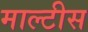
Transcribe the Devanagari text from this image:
माल्टीस